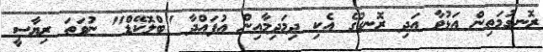
ރޮނގުމަތިން އަޅުވާ އަދި ރޮނގުގެ އެކި ދިމަދިމާއިން އުފައްދާ "ބްލޮކޭޑް" ނުވަތަ ރިޔާސީ